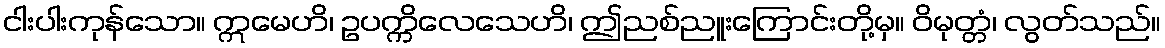
ငါးပါးကုန်သော။ ဣမေဟိ၊ ဥပက္ကိလေသေဟိ၊ ဤညစ်ညူးကြောင်းတို့မှ။ ဝိမုတ္တံ၊ လွတ်သည်။